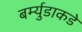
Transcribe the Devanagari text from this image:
बर्म्युडाकडे